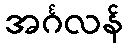
အင်္ဂလန်